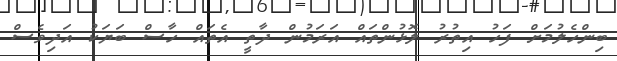
ބިންހެލުމަށް ފަހު އިތުރު ލޮޅުންތައް އަރަމުން ދާތީ އެތައް ހާސް ބަޔަކު އަދިވެސް